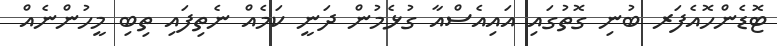
ޓޮޑެންހޮއެފަރ ބުނި ގޮތުގައި އައިއެސްއާ ގުޅެމުން ދަނީ ކަމެއް ނެތިފައި ތިބި މީހުންނެއް